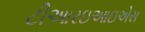
ટીઆરઇઆઇએસ